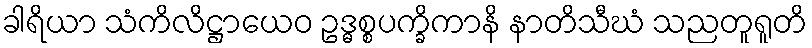
ခါရိယာ သံကိလိဋ္ဌာယေဝ ဥဒ္ဓစ္စပက္ခိကာနိ နာတိသီဃံ သညတူရူတိ